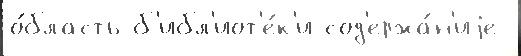
о́бласть б'ибл'иот'е́к'и сод'ержа́н'иjе